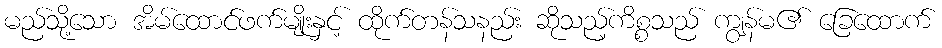
မည်သို့သော အိမ်ထောင်ဖက်မျိုးနှင့် ထိုက်တန်သနည်း ဆိုသည့်ကိစ္စသည် ကျွန်မ၏ ခြေထောက်